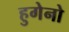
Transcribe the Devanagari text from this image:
हुगेनो